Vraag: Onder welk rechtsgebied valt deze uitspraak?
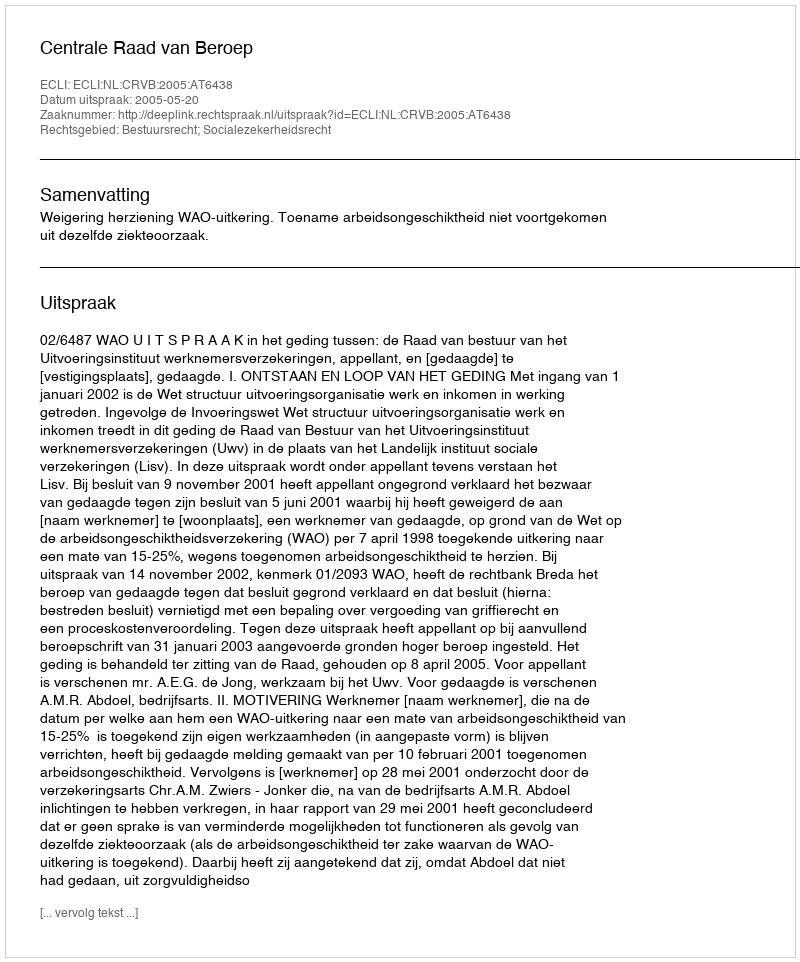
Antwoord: Bestuursrecht; Socialezekerheidsrecht